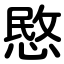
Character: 愍